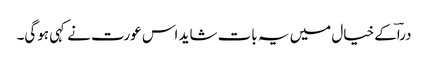
دراؔکے خیال میں یہ بات شاید اس عورت نے کہی ہوگی۔